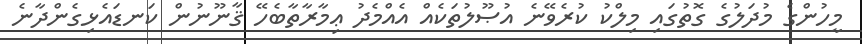
މީހުންގެ މުދަލުގެ ގޮތުގައި މިލްކު ކުރެވޭނެ އުޞޫލުތަކެއް އެއްމެދު ޢިމާރާތާބެހޭ ޤާނޫނުން ކަނޑައެޅިގެންދާނެ